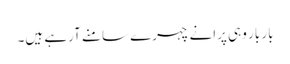
بار بار وہی پرانے چہرے سامنے آرہے ہیں۔